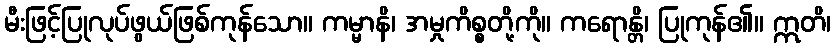
မီးဖြင့်ပြုလုပ်ဖွယ်ဖြစ်ကုန်သော။ ကမ္မာနိ၊ အမှုကိစ္စတို့ကို။ ကရောန္တိ၊ ပြုကုန်၏။ ဣတိ၊